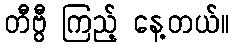
တီဗွီ ကြည့် နေ့တယ်။